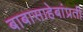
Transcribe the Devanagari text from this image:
बाबासाहेबांप्रती